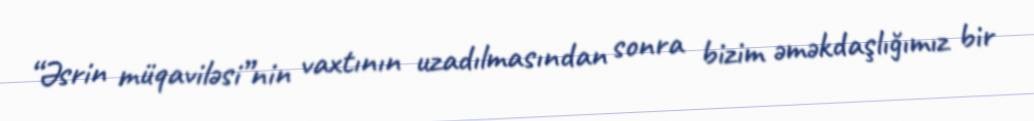
“Əsrin müqaviləsi”nin vaxtının uzadılmasından sonra bizim əməkdaşlığımız bir